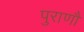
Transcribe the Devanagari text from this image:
पुराणौं